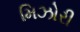
મિઝોરી